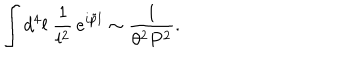
LaTeX: \int d ^ { 4 } l \; { \frac { 1 } { l ^ { 2 } } } \, e ^ { i \tilde { p } l } \sim { \frac { 1 } { \theta ^ { 2 } P ^ { 2 } } } .